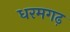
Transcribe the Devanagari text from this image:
धरमगढ़